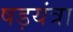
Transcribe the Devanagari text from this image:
षड़यंत्रा